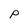
Character: P